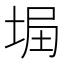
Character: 𡌞